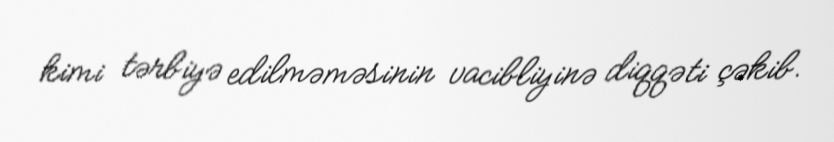
kimi tərbiyə edilməməsinin vacibliyinə diqqəti çəkib.